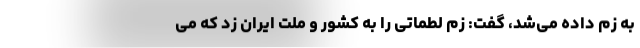
به زم داده می‌شد، گفت:‌ زم لطماتی را به کشور و ملت ایران زد که می